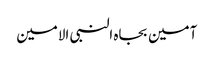
آمین بجاہ النبی الامین